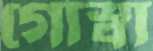
গোস্বা